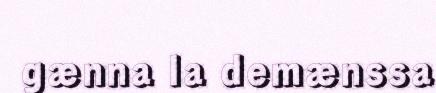
gænna la demænssa